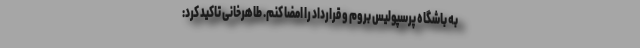
به باشگاه پرسپولیس بروم و قرارداد را امضا کنم. طاهرخانی تاکید کرد: